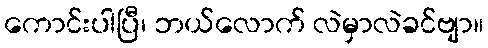
ကောင်းပါပြီ၊ ဘယ်လောက် လဲမှာလဲခင်ဗျာ။